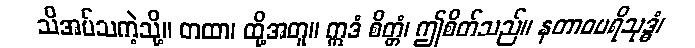
သိအပ်သကဲ့သို့။ တထာ၊ ထို့အတူ။ ဣဒံ စိတ္တံ၊ ဤစိတ်သည်။ နတာဝပရိသုဒ္ဓံ၊